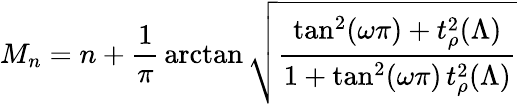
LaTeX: M_{n}=n+\frac{1}{\pi}\, \arctan\sqrt{\frac{\tan^{2}(\omega\pi)+t_{\rho}^{2}(\Lambda)}{1+\tan^{2}(\omega\pi)\, t_{\rho}^{2}(\Lambda)}}